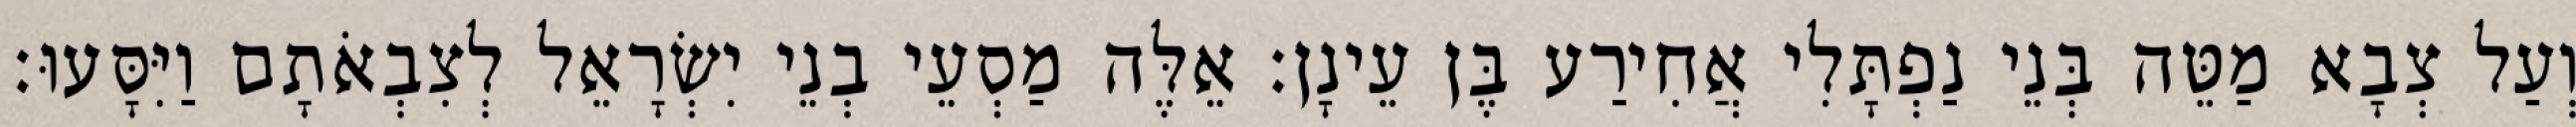
וְעַל צְבָא מַטֵּה בְּנֵי נַפְתָּלִי אֲחִירַע בֶּן עֵינָן׃ אֵלֶּה מַסְעֵי בְנֵי יִשְׂרָאֵל לְצִבְאֹתָם וַיִּסָּעוּ׃